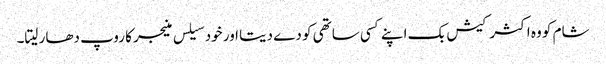
شام کو وہ اکثر کیش بک اپنے کسی ساتھی کو دے دیتا اور خود سیلس منیجر کا روپ دھار لیتا۔